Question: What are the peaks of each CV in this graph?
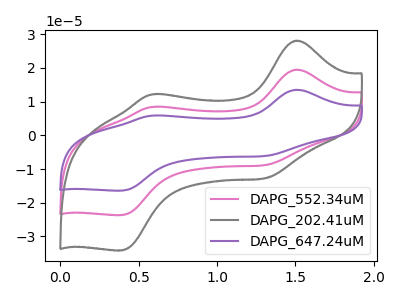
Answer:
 <answer>The pink curve "DAPG_552.34uM" has anodic peaks at (1.50V, 19.45uA) (0.60V, 8.45uA) and cathodic peaks at (1.30V, -8.80uA) (0.40V, -23.70uA). The gray curve "DAPG_202.41uM" has anodic peaks at (1.50V, 28.10uA) (0.60V, 12.15uA) and cathodic peaks at (1.30V, -12.70uA) (0.40V, -34.15uA). The purple curve "DAPG_647.24uM" has anodic peaks at (1.50V, 38.95uA) (0.60V, 16.85uA) and cathodic peaks at (1.30V, -17.65uA) (0.40V, -47.35uA).</answer>
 <eval></eval>